Vital statistics of India. Vol. VI, European troops 1870-79
Year: 1870
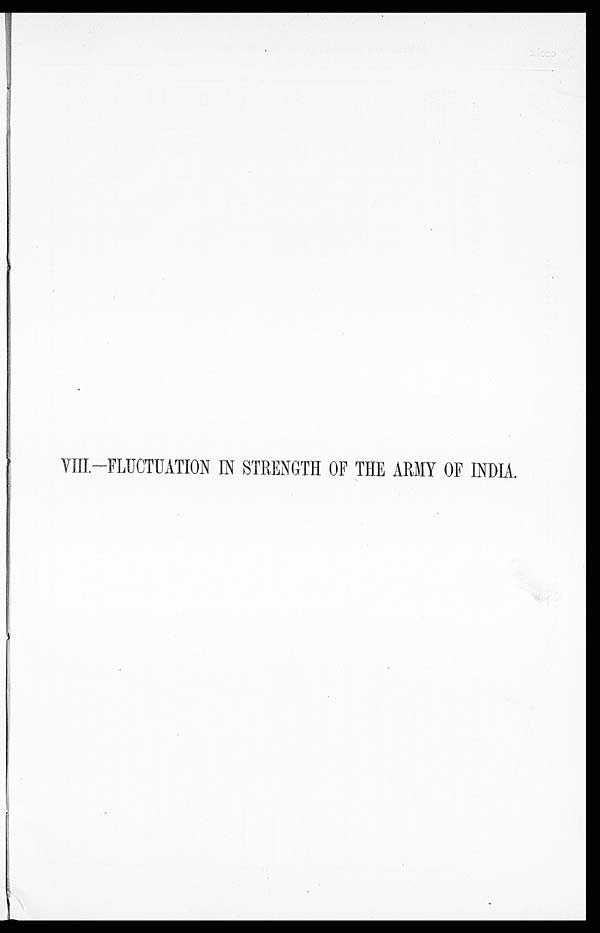
VIII.—FLUCTUATION IN STRENGTH OF THE ARMY OF INDIA.